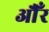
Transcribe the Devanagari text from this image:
औँर